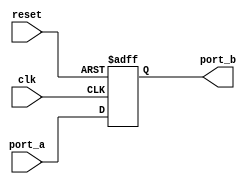
module CLK_NO_INPT (clk, port_a, reset, port_b);  
   input clk;  
   input reset;  
   input port_a;  
   output port_b;  
   reg port_b;  
   wire clk_var;   
   assign clk_var = clk;

   always @ (posedge clk_var or negedge reset)   
   begin
      if(!reset)    
      port_b <= 1'b0;   
      else    
      port_b <= port_a; 
   end

endmodule